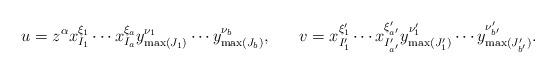
LaTeX: \begin{align*}u = z^{\alpha} x_{I_{1}}^{\xi_{1}} \cdots x_{I_{a}}^{\xi_{a}}y_{\max(J_{1})}^{\nu_{1}} \cdots y_{\max(J_{b})}^{\nu_{b}},\, \, \, \, \, \, \, \, \, \, v = x_{I'_{1}}^{\xi'_{1}} \cdots x_{I'_{a'}}^{\xi'_{a'}}y_{\max(J'_{1})}^{\nu'_{1}} \cdots y_{\max(J'_{b'})}^{\nu'_{b'}}.\end{align*}